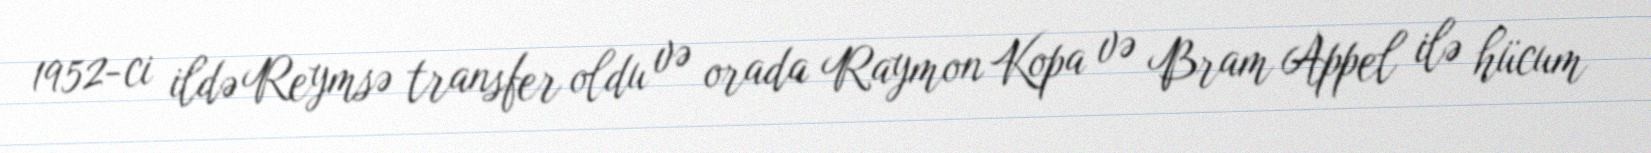
1952-ci ildə Reymsə transfer oldu və orada Raymon Kopa və Bram Appel ilə hücum